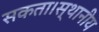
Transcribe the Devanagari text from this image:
सकता।स्थानीय